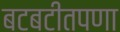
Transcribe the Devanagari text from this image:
बटबटीतपणा